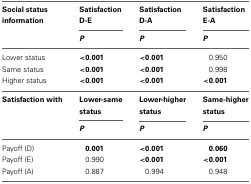
| Social status information | Satisfaction D-E | Satisfaction D-A | Satisfaction E-A |
 |  | P | P | P |
 | --- | --- | --- | --- |
 | Lower status | <0.001 | <0.001 | 0.950 |
 | Same status | <0.001 | <0.001 | 0.998 |
 | Higher status | <0.001 | <0.001 | <0.001 |
 | Satisfaction with | Lower-same status | Lower-higher status | Same-higher status |
 |  | P | P | P |
 | Payoff (D) | 0.001 | <0.001 | 0.060 |
 | Payoff (E) | 0.990 | <0.001 | <0.001 |
 | Payoff (A) | 0.887 | 0.994 | 0.948 |